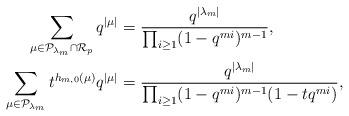
LaTeX: \begin{align*}\sum_{\mu\in \mathcal{P}_{\lambda_m}\cap \mathcal{R}_p}q^{|\mu|}&=\frac{q^{|\lambda_m|}}{\prod_{i\geq 1}(1-q^{mi})^{m-1}},\\\sum_{\mu\in\mathcal{P}_{\lambda_m}}t^{h_{m,0}(\mu)}q^{|\mu|}&=\frac{q^{|\lambda_m|}}{\prod_{i\geq 1}(1-q^{mi})^{m-1}(1-tq^{mi})},\end{align*}